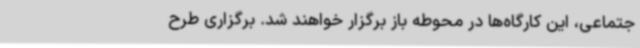
جتماعی، این کارگاه‌ها در محوطه باز برگزار خواهند شد. برگزاری طرح